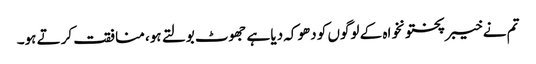
تم نے خیبرپختونخواہ کے لوگوں کو دھوکہ دیا ہے جھوٹ بولتے ہو، منافقت کرتے ہو۔